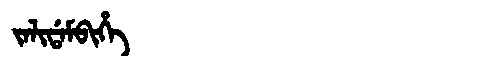
Manchu: ᠵᠠᠯᡳᡩᠠᠮᠪᡳᡥᡝ
Romanization: JALIDAMBIHE